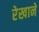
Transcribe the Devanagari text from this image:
रेखाने